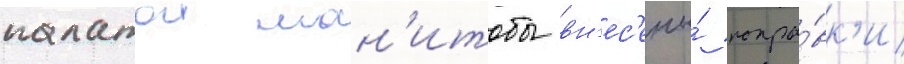
палатои ман'итобы вн'ес'ены́ попра́вк'и